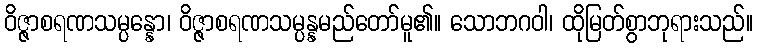
ဝိဇ္ဇာစရဏသမ္ပန္နော၊ ဝိဇ္ဇာစရဏသမ္ပန္နမည်တော်မူ၏။ သောဘဂဝါ၊ ထိုမြတ်စွာဘုရားသည်။